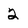
Character: 2